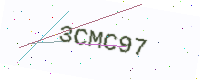
Text: 3CMC97